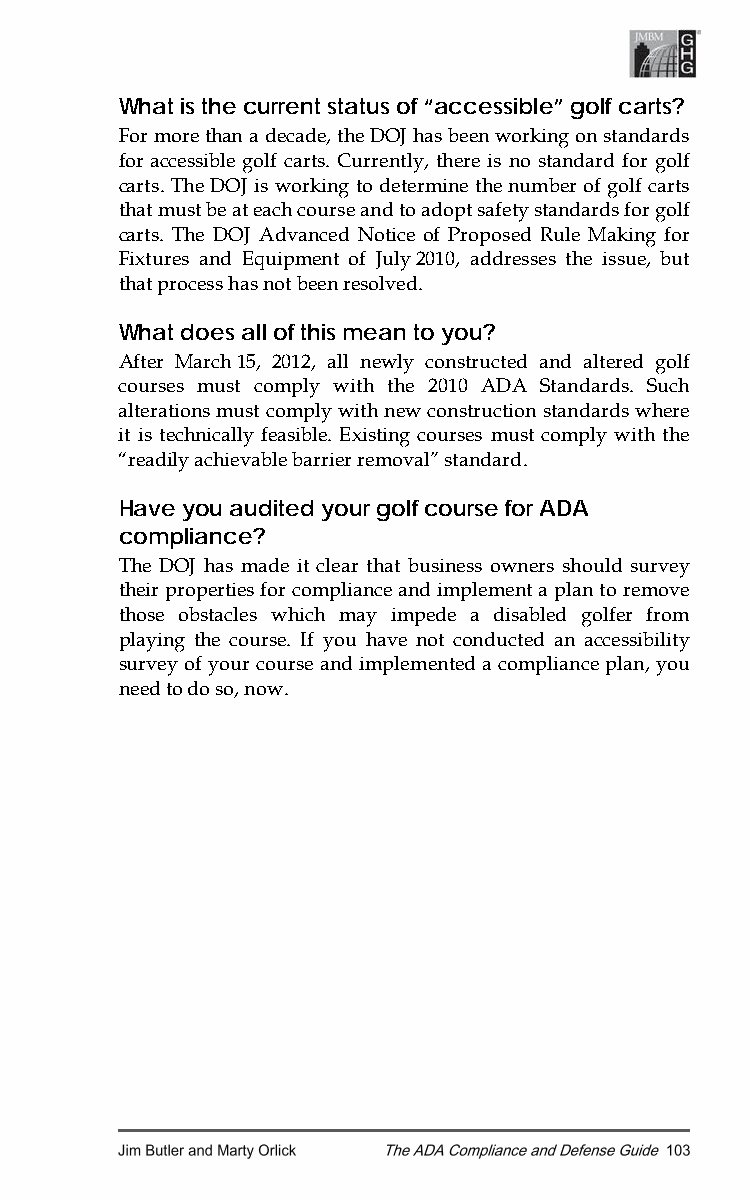
What is the current status of “accessible” golf carts?
 For more than a decade, the DOJ has been working on standards
 for accessible golf carts. Currently, there is no standard for golf
 carts. The DOJ is working to determine the number of golf carts
 that must be at each course and to adopt safety standards for golf
 carts. The DOJ Advanced Notice of Proposed Rule Making for
 Fixtures and Equipment of July 2010, addresses the issue, but
 that process has not been resolved.
 What does all of this mean to you?
 After March 15, 2012, all newly constructed and altered golf
 courses must comply with the 2010 ADA Standards. Such
 alterations must comply with new construction standards where
 it is technically feasible. Existing courses must comply with the
 “readily achievable barrier removal” standard.
 Have you audited your golf course for ADA
 compliance?
 The DOJ has made it clear that business owners should survey
 their properties for compliance and implement a plan to remove
 those obstacles which may impede a disabled golfer from
 playing the course. If you have not conducted an accessibility
 survey of your course and implemented a compliance plan, you
 need to do so, now.